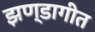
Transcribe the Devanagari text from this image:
झण्डागीत